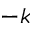
- k